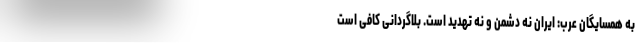
به همسایگان عرب: ایران نه دشمن و نه تهدید است. بلاگردانی کافی است